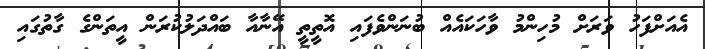
އެއަށްފަހު ވަރަށް މުހިންމު ވާހަކައެއް ބުނަންވެފައި އޮތީތީ އޭނާއާ ބައްދަލުކުރަން އީތަންގެ ގާތުގައި